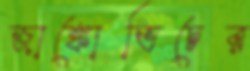
জাঙ্কোভিচের